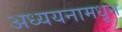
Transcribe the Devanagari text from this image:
अध्ययनामधून